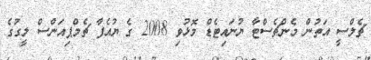
ޗެލްސީ އަތުން މެންޗެސްޓާ ޔުނައިޓެޑް މޮޅުވި 2008 ގެ ޔުއެފާ ޗެމްޕިއަންސް ލީގުގެ